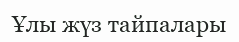
Ұлы жүз тайпалары